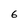
Character: 6